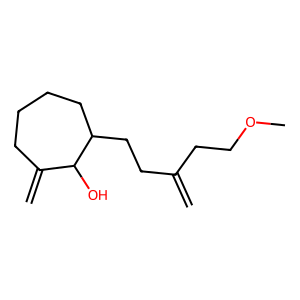
SMILES: C=C(CCOC)CCC1CCCCC(=C)C1O
Inhibits HIV replication: No